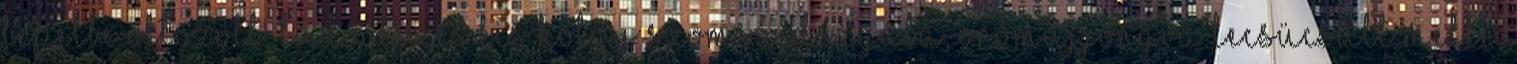
lepelbe öltözött, tüdővészes kis hölgy szomszédságába, örömujjongva lecsücsült mellé,